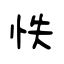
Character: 怢